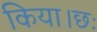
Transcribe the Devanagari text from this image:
किया।छः